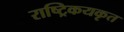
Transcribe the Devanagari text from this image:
राष्ट्रिकयकृत